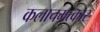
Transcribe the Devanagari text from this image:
कलाचमत्कार